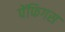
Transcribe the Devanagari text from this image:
पेंफिगस